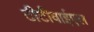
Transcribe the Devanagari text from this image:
टीटीवाईएल